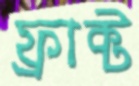
ফ্রাক্ট